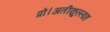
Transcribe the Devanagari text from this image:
प्रो।अतीक़ुल्लाह